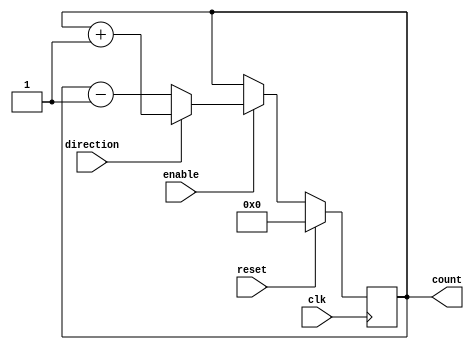
module UpDownCounter (
    input wire clk,
    input wire reset,
    input wire enable,
    input wire direction,
    output reg [7:0] count
);

always @(posedge clk) begin
    if (reset) begin
        count <= 8'b0; // Reset count value to 0
    end else if (enable) begin
        if (direction) begin
            // Increment count value
            count <= count + 1;
        end else begin
            // Decrement count value
            count <= count - 1;
        end
    end
end

endmodule